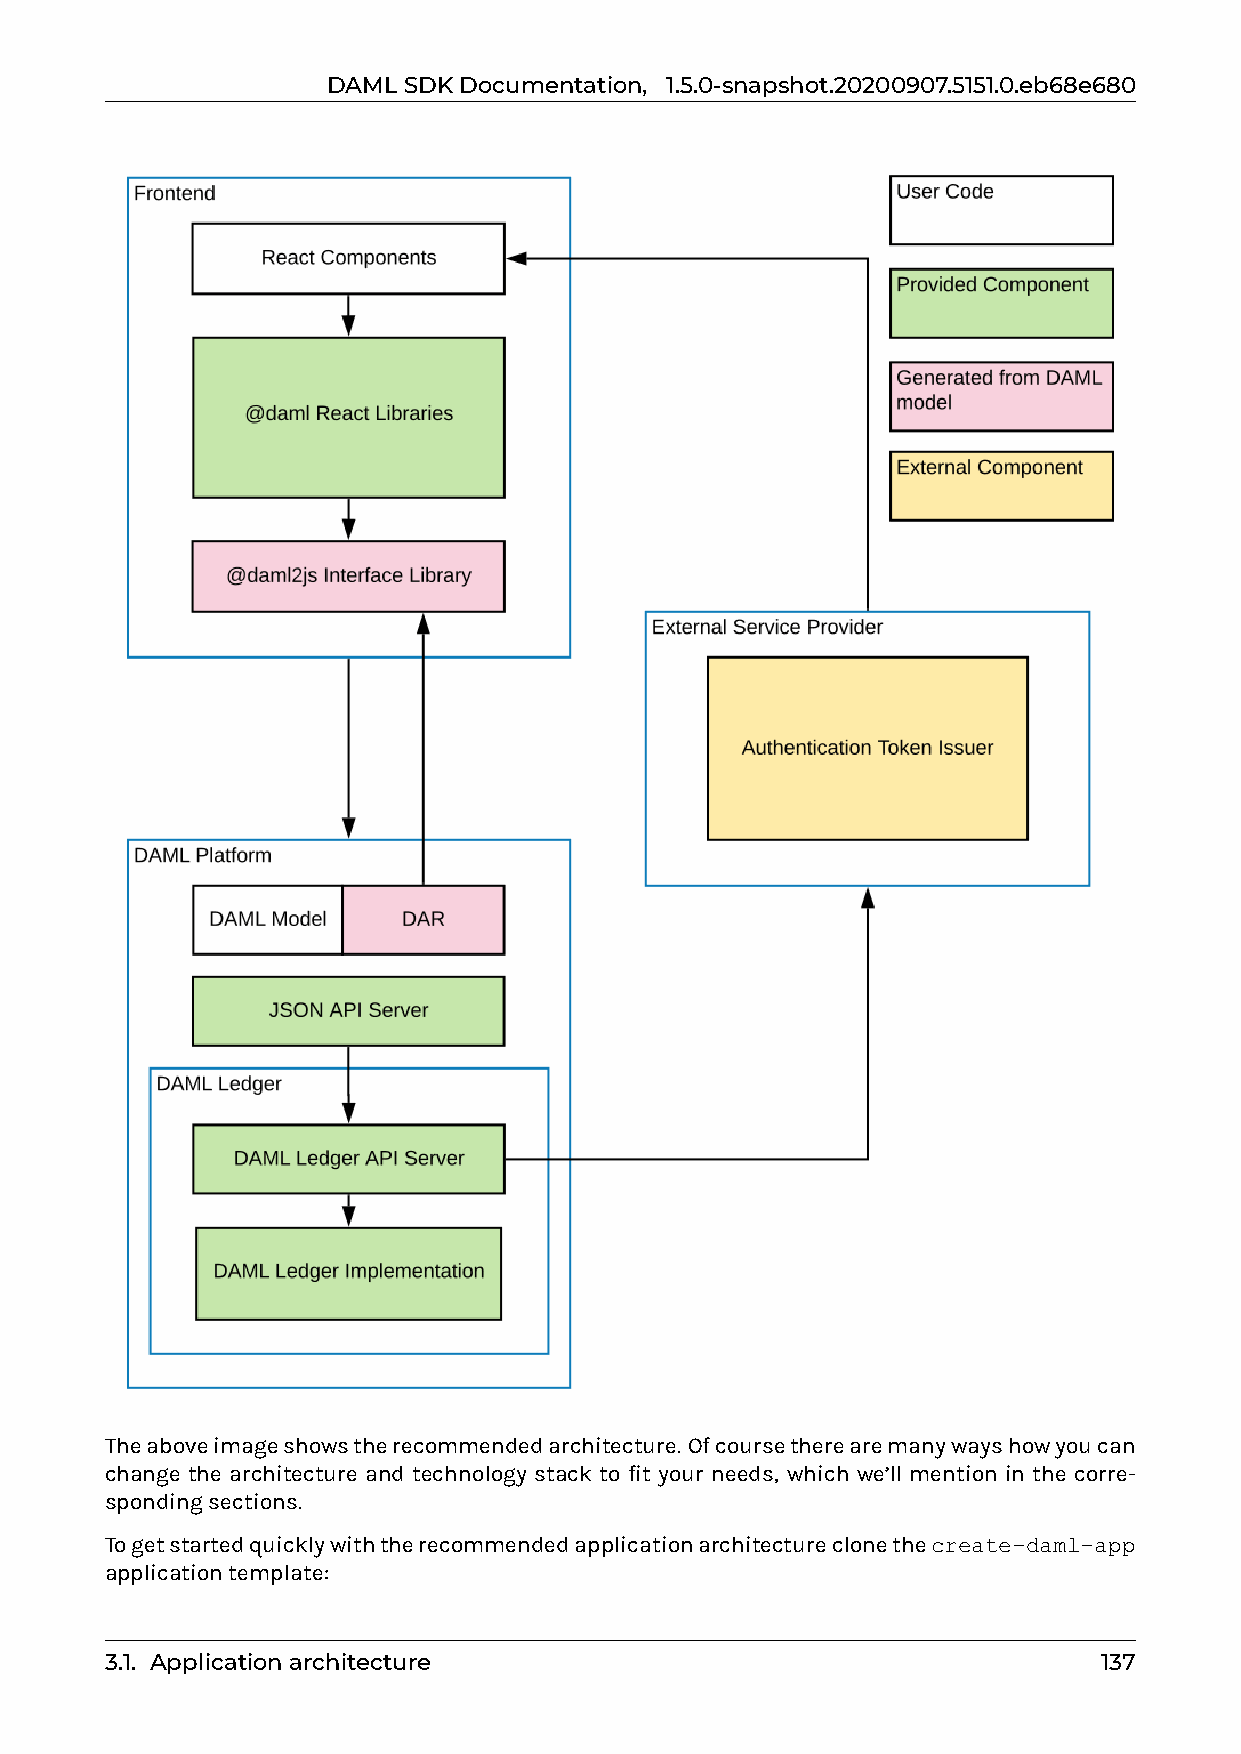
DAMLSDKDocumentation, 1.5.0-snapshot.20200907.5151.0.eb68e680
 Theaboveimageshowstherecommendedarchitecture. Ofcoursetherearemanywayshowyoucan
 change the architecture and technology stack to fit your needs, which we’ll mention in the corre-
 spondingsections.
 Togetstartedquicklywiththerecommendedapplicationarchitectureclonethecreate-daml-app
 applicationtemplate:
 3.1. Applicationarchitecture                                      137